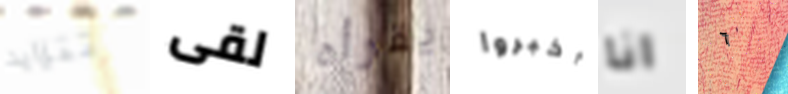
تتزايد لقى يقرأه أخبروا انا ٦